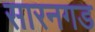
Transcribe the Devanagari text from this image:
सारनगड